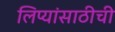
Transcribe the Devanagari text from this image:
लिप्यांसाठीची